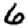
Digit: 6